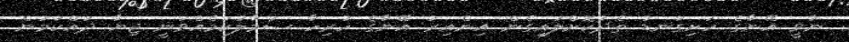
ނާވީ އޭނާގެ ހަށިގަނޑު ތެދުކޮށްލައިގެން އިންއިރު އޭނާގެ ހުރިހާ ސަމާލުކަމެއްވަނީ ޖިޔާ ދައްކަމުން